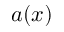
a ( x )